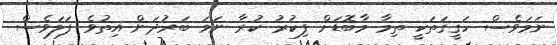
ނަމަވެސް ހަޤީޤަތަކީ ތިމާ މާބޮޑަށް ފިކުރު ކުރާ ނަމަ ބަރުދަން އިތުވެ ފަލަވެސް